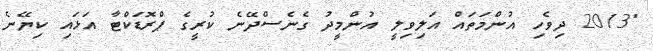
"2013 ދިވެހި އުންމަތައް އަލިވިލީ އުންމީދު ގެނެސްދޭނެ ކުރީގެ ޕްރޮޑަކްޓާ އަޅައި ކިޔޭނެ